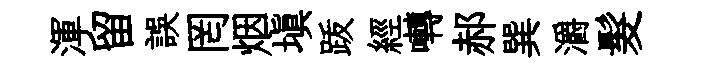
渾留誤罔烟填䟦經囀郝巽灂髮